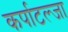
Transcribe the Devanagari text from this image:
कर्पाटल्जा